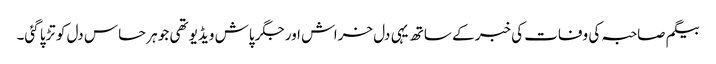
بیگم صاحبہ کی وفات کی خبر کے ساتھ یہی دل خراش اور جگر پاش ویڈیو تھی جو ہر حساس دل کو تڑپا گئی۔